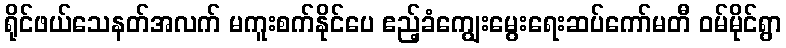
ရိုင်ဖယ်သေနတ်အလက် မကူးစက်နိုင်ပေ ဧည့်ခံကျွေးမွေးရေးဆပ်ကော်မတီ ဝမ်မိုင်ရွာ